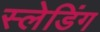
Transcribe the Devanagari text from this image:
स्लेडिंग